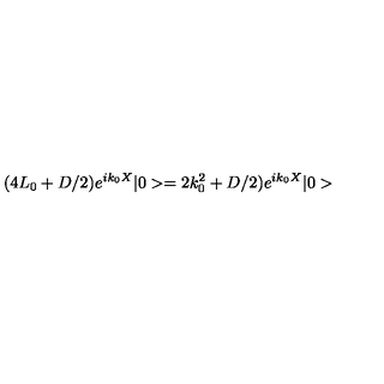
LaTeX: ( 4 L _ { 0 } + D / 2 ) e ^ { i k _ { 0 } X } | 0 > = 2 k _ { 0 } ^ { 2 } + D / 2 ) e ^ { i k _ { 0 } X } | 0 >